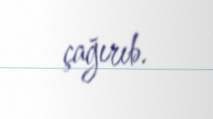
çağırıb.